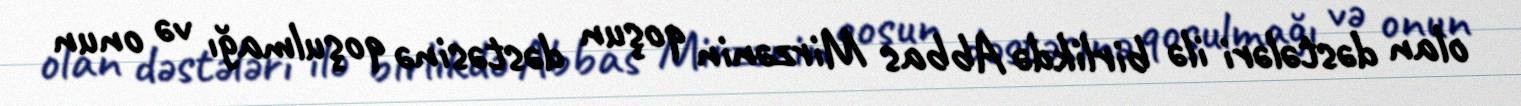
olan dəstələri ilə birlikdə Abbas Mirzənin qoşun dəstəsinə qoşulmağı və onun